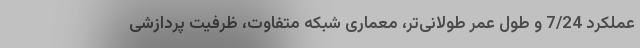
عملکرد 7/24 و طول عمر طولانی‌تر، معماری شبکه متفاوت، ظرفیت پردازشی